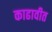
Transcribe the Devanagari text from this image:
काढावीत